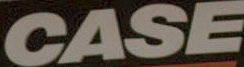
CASE